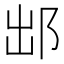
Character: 䢺